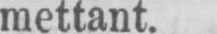
mettant.